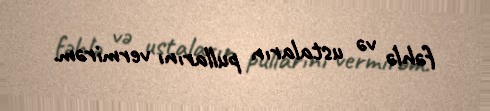
fəhlə və ustaların pullarını vermirəm.